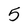
Character: 5